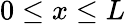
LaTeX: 0\le x\le L